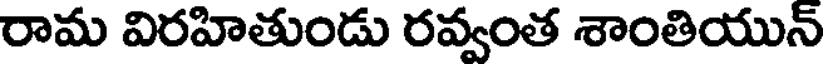
రామ విరహితుండు రవ్వంత శాంతియున్